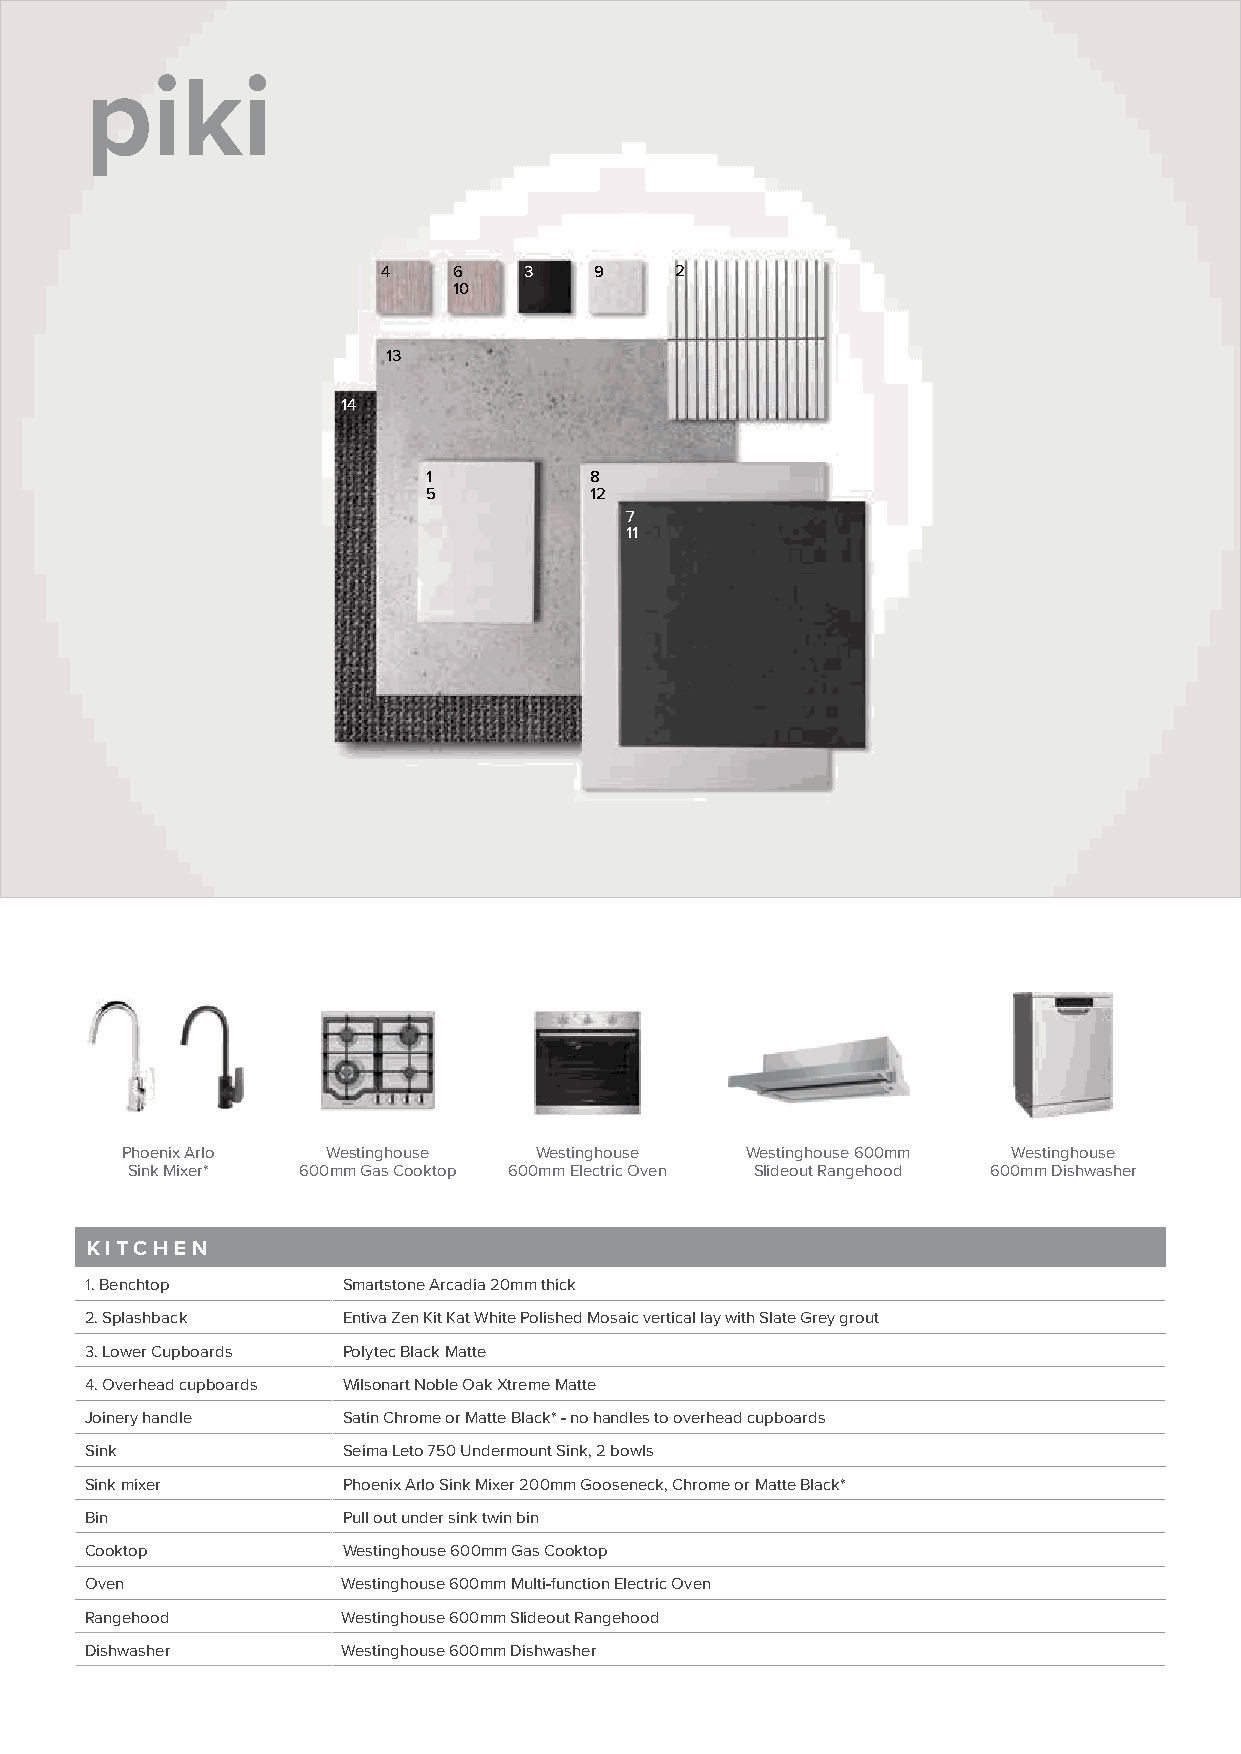
piki
 4    6    3   9     2
 10
 13
 14
 1          8
 5          12
 7
 11
 Phoenix Arlo  Westinghouse Westinghouse  Westinghouse 600mm Westinghouse
 Sink Mixer* 600mm Gas Cooktop 600mm Electric Oven Slideout Rangehood 600mm Dishwasher
 KITCHEN
 1. Benchtop      Smartstone Arcadia 20mm thick
 2. Splashback    Entiva Zen Kit Kat White Polished Mosaic vertical lay with Slate Grey grout
 3. Lower Cupboards Polytec Black Matte
 4. Overhead cupboards Wilsonart Noble Oak Xtreme Matte
 Joinery handle   Satin Chrome or Matte Black* - no handles to overhead cupboards
 Sink             Seima Leto 750 Undermount Sink, 2 bowls
 Sink mixer       Phoenix Arlo Sink Mixer 200mm Gooseneck, Chrome or Matte Black*
 Bin              Pull out under sink twin bin
 Cooktop          Westinghouse 600mm Gas Cooktop
 Oven             Westinghouse 600mm Multi-function Electric Oven
 Rangehood        Westinghouse 600mm Slideout Rangehood
 Dishwasher       Westinghouse 600mm Dishwasher